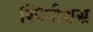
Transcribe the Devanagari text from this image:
स्पिनोसस